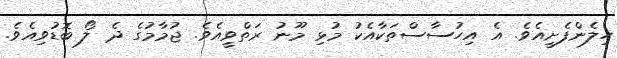
ހިލެންފެށީއެވެ. އެ އިހުސާސްތަކާއެކު މުޅި މޫނު ރަތްވީއެވެ. ޖުމާމުގެ ދެ ލޯ ބޮޑުވިއެވެ.